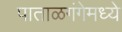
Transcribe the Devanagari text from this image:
पाताळगंगेमध्ये